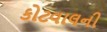
કોટવાલની